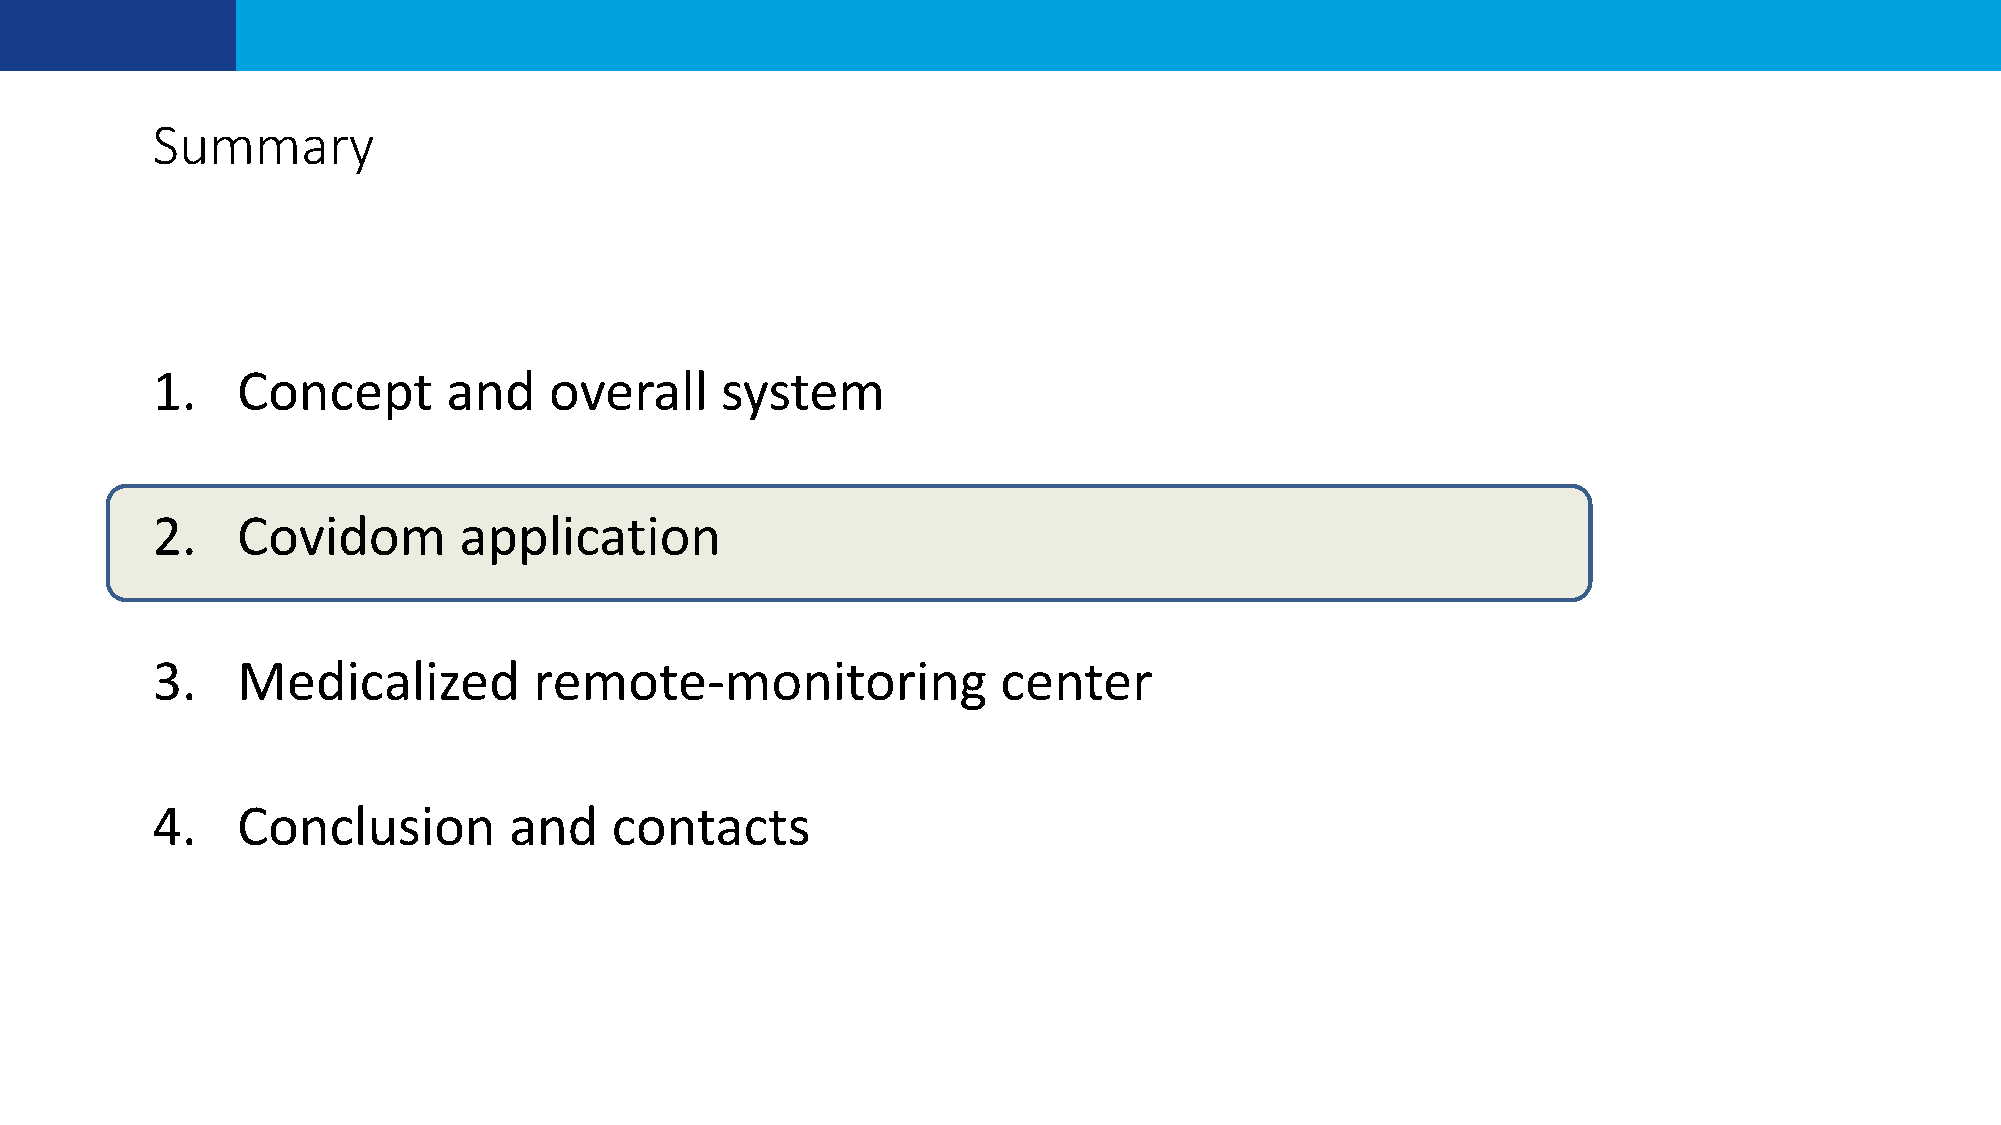
Summary
 1.    Concept       and   overall     system
 2.    Covidom       application
 3.    Medicalized        remote-monitoring              center
 4.    Conclusion        and   contacts